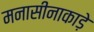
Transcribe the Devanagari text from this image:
मनासीनाकाड़े